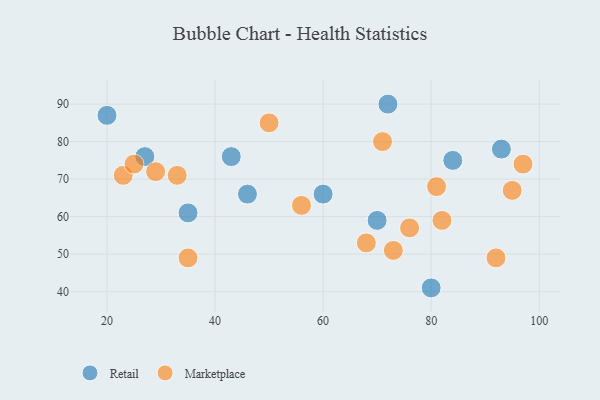
{"axis": {"x": "GDP", "y": "Life Expectancy"}, "legend": ["Marketplace", "Retail"], "data": [{"x": "20", "y": 87, "type": "Retail"}, {"x": "43", "y": 76, "type": "Retail"}, {"x": "84", "y": 75, "type": "Retail"}, {"x": "35", "y": 61, "type": "Retail"}, {"x": "27", "y": 76, "type": "Retail"}, {"x": "80", "y": 41, "type": "Retail"}, {"x": "70", "y": 59, "type": "Retail"}, {"x": "93", "y": 78, "type": "Retail"}, {"x": "72", "y": 90, "type": "Retail"}, {"x": "46", "y": 66, "type": "Retail"}, {"x": "60", "y": 66, "type": "Retail"}, {"x": "82", "y": 59, "type": "Marketplace"}, {"x": "29", "y": 72, "type": "Marketplace"}, {"x": "35", "y": 49, "type": "Marketplace"}, {"x": "33", "y": 71, "type": "Marketplace"}, {"x": "50", "y": 85, "type": "Marketplace"}, {"x": "68", "y": 53, "type": "Marketplace"}, {"x": "81", "y": 68, "type": "Marketplace"}, {"x": "71", "y": 80, "type": "Marketplace"}, {"x": "73", "y": 51, "type": "Marketplace"}, {"x": "97", "y": 74, "type": "Marketplace"}, {"x": "23", "y": 71, "type": "Marketplace"}, {"x": "95", "y": 67, "type": "Marketplace"}, {"x": "25", "y": 74, "type": "Marketplace"}, {"x": "92", "y": 49, "type": "Marketplace"}, {"x": "76", "y": 57, "type": "Marketplace"}, {"x": "56", "y": 63, "type": "Marketplace"}]}